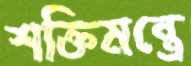
শক্তিমন্ত্রে